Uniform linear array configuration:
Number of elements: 24
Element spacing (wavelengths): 1
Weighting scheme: blackman
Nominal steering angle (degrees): -15
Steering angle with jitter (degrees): -14.44
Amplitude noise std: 0.05
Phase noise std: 0.05

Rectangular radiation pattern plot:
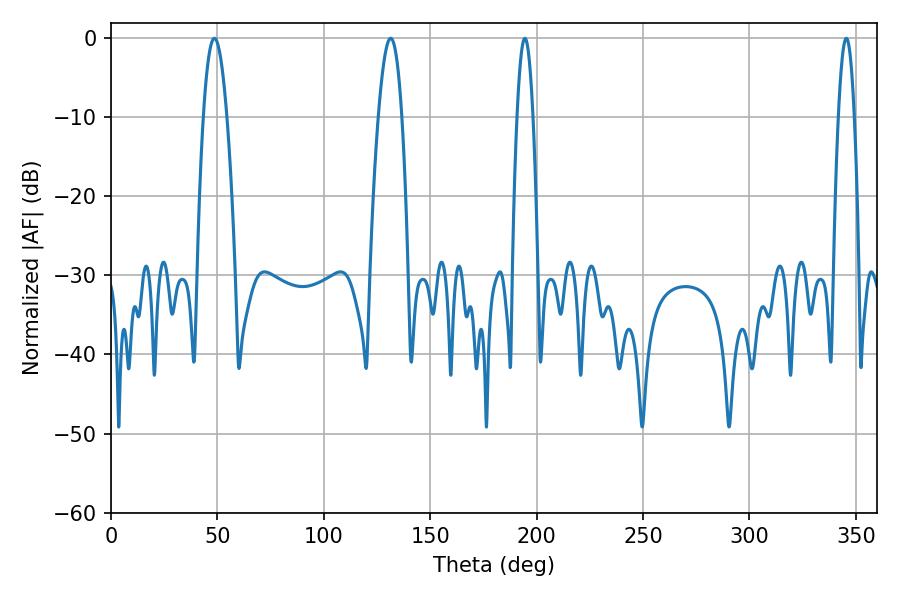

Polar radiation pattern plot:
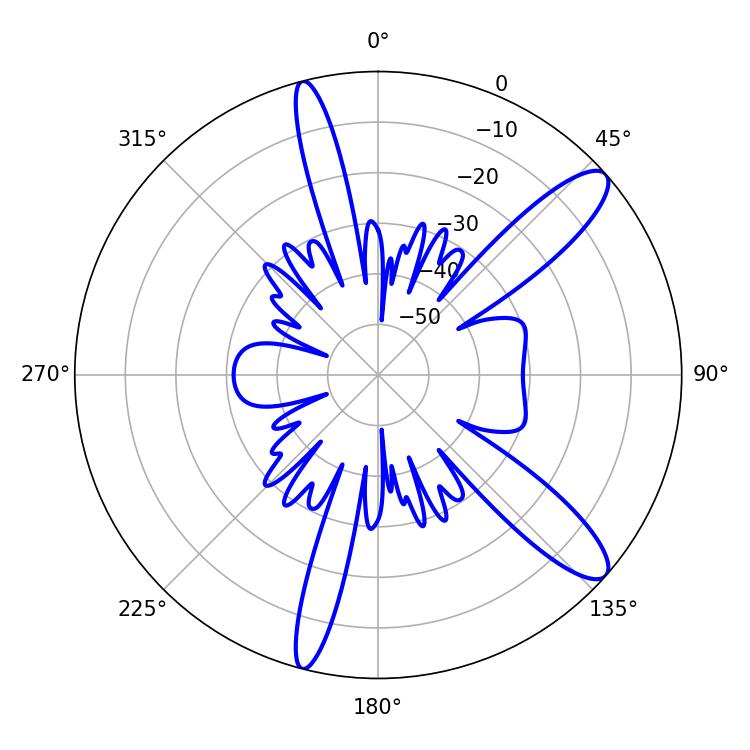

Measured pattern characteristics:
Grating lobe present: TRUE
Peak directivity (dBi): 11.762
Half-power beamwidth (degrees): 5.94
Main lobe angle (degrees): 48.6